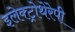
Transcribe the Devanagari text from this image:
इलेक्ट्रोथेरेपी